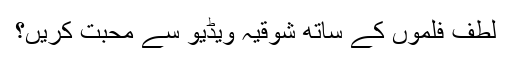
لطف فلموں کے ساتھ شوقیہ ویڈیو سے محبت کریں؟